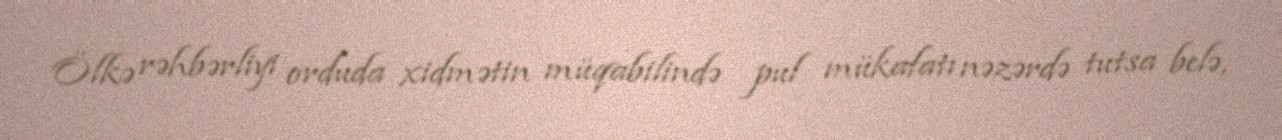
Ölkə rəhbərliyi orduda xidmətin müqabilində pul mükafatı nəzərdə tutsa belə,